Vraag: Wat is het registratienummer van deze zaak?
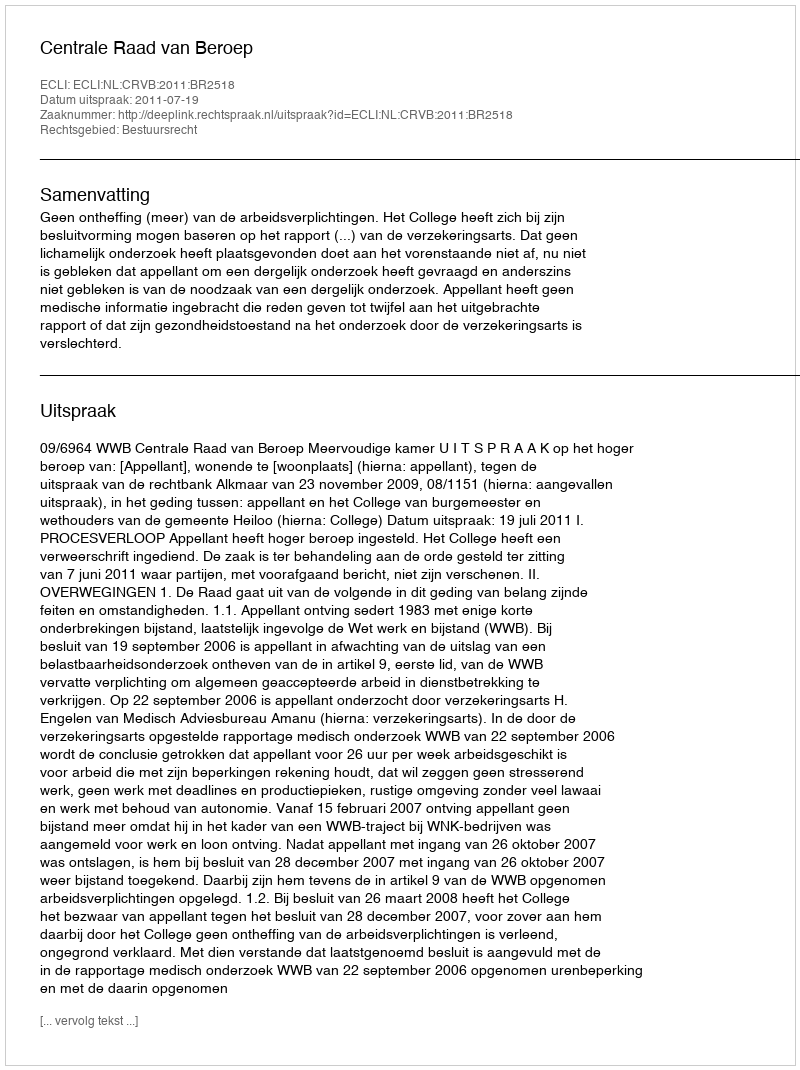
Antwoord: http://deeplink.rechtspraak.nl/uitspraak?id=ECLI:NL:CRVB:2011:BR2518